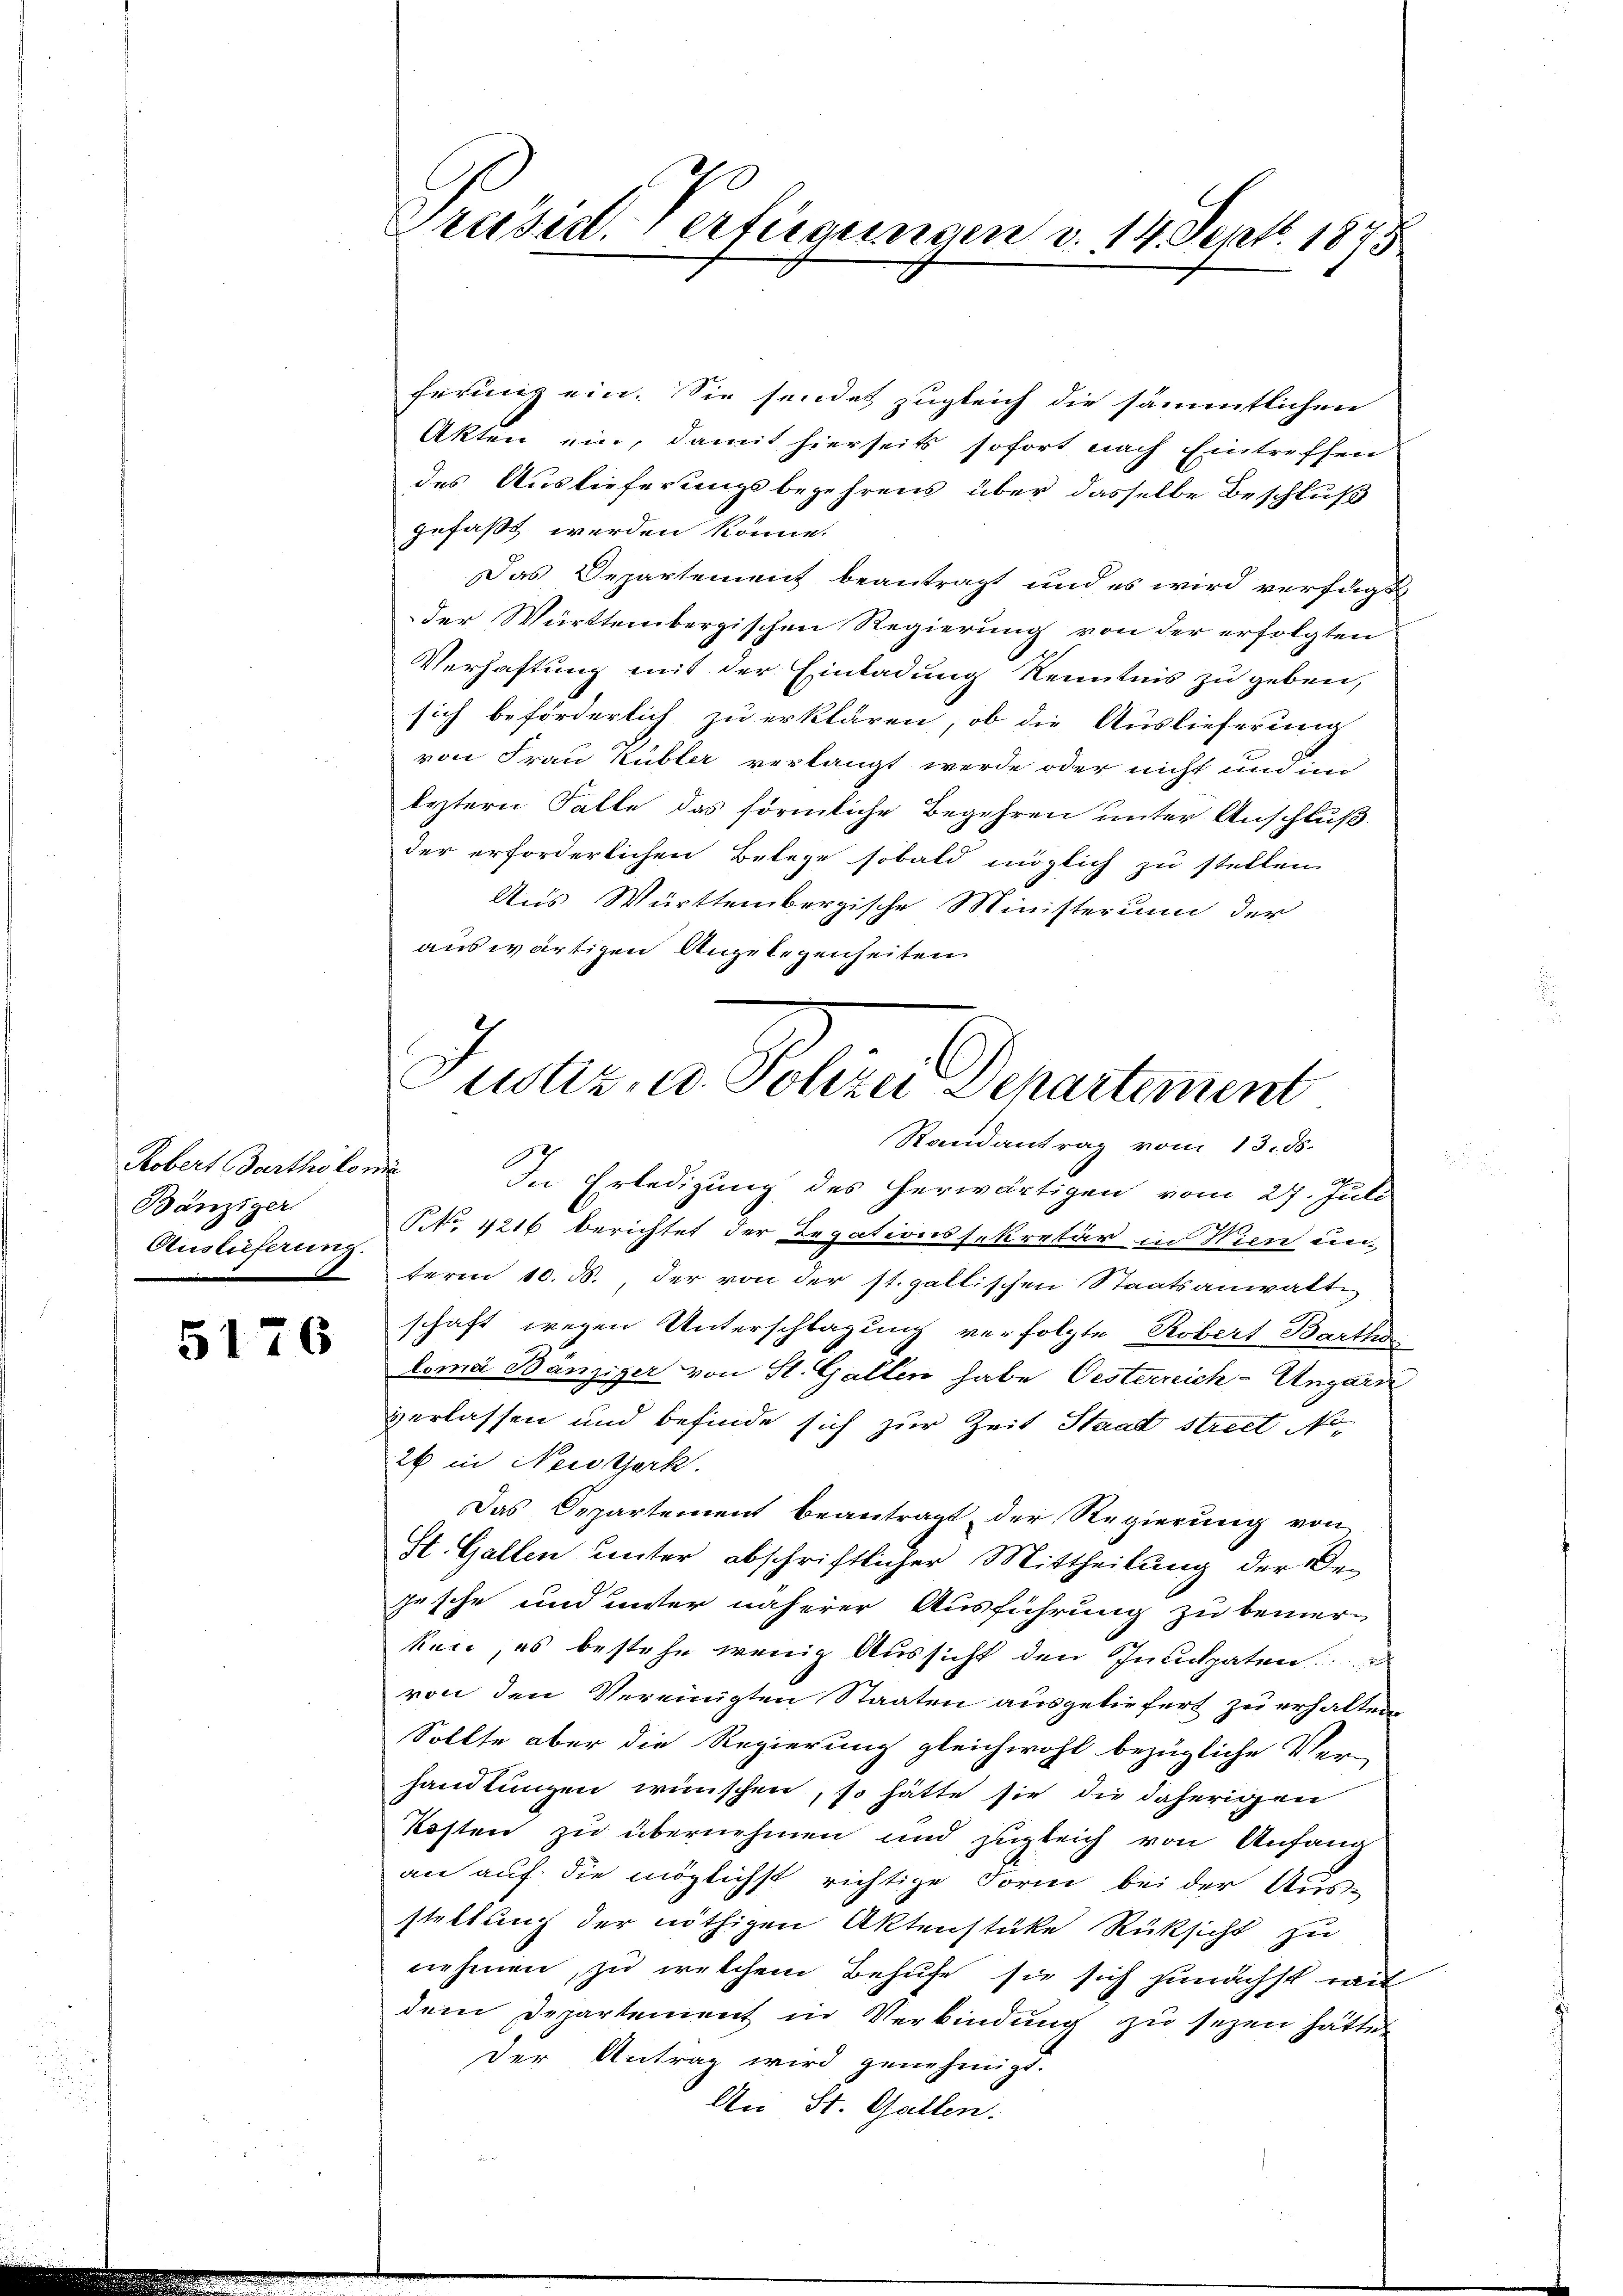
Kobert Bartholomi
Bänziger
Auslieferung.

5176

ferung ein. Sie sendet zugleich die sämmtlichen
Akten ein, damit hierseits sofort nach Eintreffen
des Auslieferungsbegehrens über dasselbe Beschluß
gefaßt werden könne.
Das Departement beantragt und es wird verfügt
der Württembergischen Regierung von der erfolgten
Verhaftung mit der Einladung Kenntnis zu geben,
sich beförderlich zu erklären, ob die Auslieferung
von Frau Kubler verlangt werde oder nicht und im
leztern Falle das förmliche Begehren unter Anschluß.
der erforderlichen Belege sobald möglich zu stellen.
Aus Württembergische Ministerium der
auswärtigen Angelegenheiten

Präsid. Verfügungen v. 14. Sept. 1875

Justiz, u. Polizei Derartement

Randantrag vom 13. ds.
In Erledigung des herwärtigen vom 27. Juli
NNo. 4216 berichtet der Legationssekretär in Wien un
 term 10. d. der von der st. gallischen Staatsanwalte
schaft wegen Unterschlagung verfolgte Robert Barthor
doma Bänziger von St. Gallen habe Oesterreich-Ungarn
verlassen und befinde sich zur Zeit Staat street No¬
26 in Neustark.
Das Departement beantragt der Regierung von
St. Gallen unter abschriftlicher Mittheilung der Bejesche und unter näherer Ausführung zu bemerken, es bestehe wenig Aussicht den Inculpaten
von den Vereinigten Staaten ausgeliefert zu erhalten,
Sollte aber die Regierung gleichwohl bezügliche Ver-
handlungen wünschen, so hätte sie die daherigen
Kosten zu übernehmen und zugleich von Anfang
an auf die möglichst richtige Form bei der Aus-
stellung der nöthigen Aktenstücke Rüksicht zu
nehmen, zu welchem Behufe sie sich zunächst mit
dem Departement in Verbindung zu seyen hätten
Der Antrag wird genehmigt.
An St. Gallen.